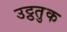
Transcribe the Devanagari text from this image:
उट्ठतुक